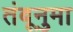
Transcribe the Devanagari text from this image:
तंबूनुमा